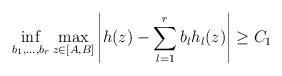
LaTeX: \begin{align*}\inf_{b_1,\ldots,b_r}\max_{z\in [A,B]} \left|h(z)-\sum_{l=1}^r b_lh_l(z)\right| \ge C_1\end{align*}